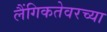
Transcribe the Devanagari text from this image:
लैंगिकतेवरच्या